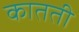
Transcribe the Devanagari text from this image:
कातती